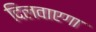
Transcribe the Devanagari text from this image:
दिलवाएगा